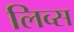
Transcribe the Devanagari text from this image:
लिव्स